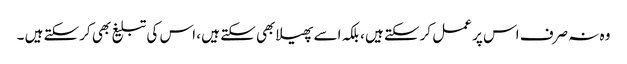
وہ نہ صرف اس پر عمل کرسکتے ہیں ، بلکہ اسے پھیلابھی سکتے ہیں ، اس کی تبلیغ بھی کرسکتے ہیں ۔